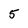
Character: 5